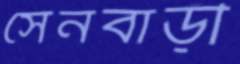
সেনবাড়ী